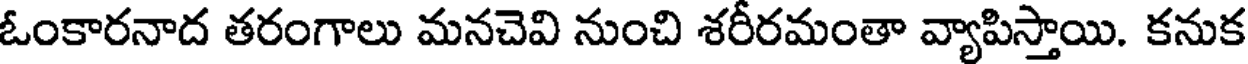
ఓంకారనాద తరంగాలు మనచెవి నుంచి శరీరమంతా వ్యాపిస్తాయి. కనుక